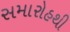
સમારોહથી